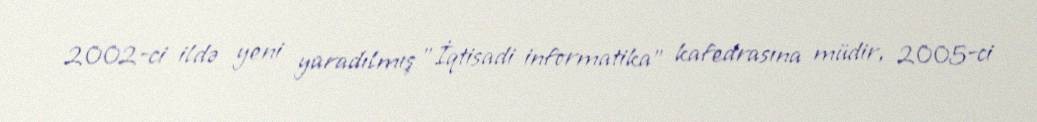
2002-ci ildə yeni yaradılmış "İqtisadi informatika" kafedrasına müdir, 2005-ci